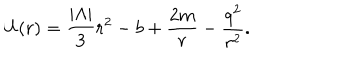
LaTeX: U ( r ) = \frac { | \Lambda | } { 3 } r ^ { 2 } - b + \frac { 2 m } { r } - \frac { q ^ { 2 } } { r ^ { 2 } } .